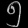
Digit: ၅